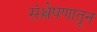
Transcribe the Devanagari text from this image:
संश्लेषणातून